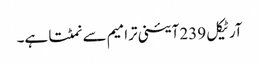
آرٹیکل 239 آئینی ترامیم سے نمٹتا ہے۔